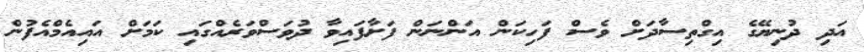
އަދި ދުނިޔޭގެ އިގްތިސާދަށް ވެސް ފަހިކަން އަންނަން ފަށާފައިވާ ދުވަސްވަރެއްގައި ކަމަށް އައިއެމްއެފުން